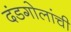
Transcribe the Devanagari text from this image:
दंडगोलांची